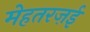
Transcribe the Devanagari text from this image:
मेहतरज़ई